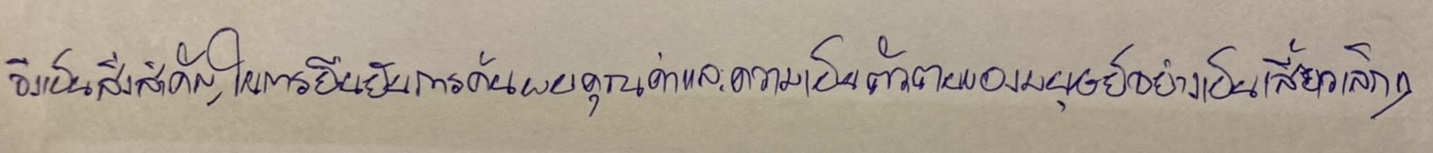
จึงเป็นสิ่งที่สำคัญในการยืนยันการค้นพบคุณค่าและความเป็นตัวตนของมนุษย์อย่างเป็นเสี้ยวเล็กๆ